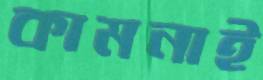
কামনাই